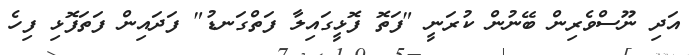
އަދި ނޫސްވެރިން ބޭނުން ކުރަނީ "ފަތޮ ފޮޅީގައިލާ ފަތްގަނޑު" ފަދައިން ފަތަފޮޅި ފިހެ